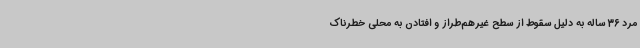
مرد 36 ساله به دلیل سقوط از سطح غیرهم‌طراز و افتادن به محلی خطرناک